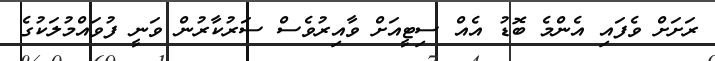
ރަށަށް ވެފައި އެންމެ ބޮޑު އެއް ސިޓީއަށް ވާއިރުވެސް ސަރުކާރުން ވަނީ ފުވައްމުލަކުގެ